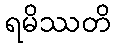
ရမိဿတိ